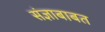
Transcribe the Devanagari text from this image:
संज्ञाबाबत